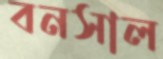
বনসাল